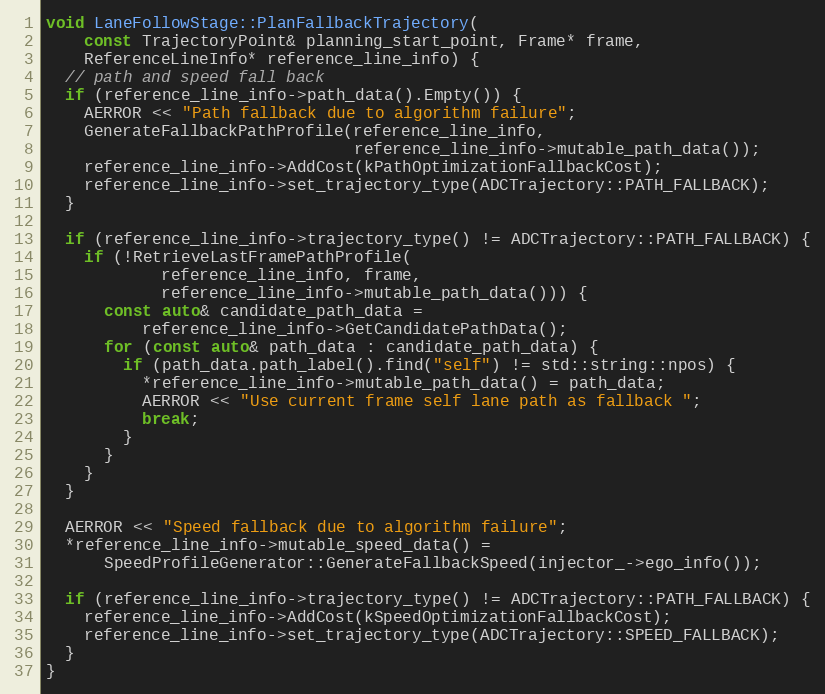
Language: C++
void LaneFollowStage::PlanFallbackTrajectory(
    const TrajectoryPoint& planning_start_point, Frame* frame,
    ReferenceLineInfo* reference_line_info) {
  // path and speed fall back
  if (reference_line_info->path_data().Empty()) {
    AERROR << "Path fallback due to algorithm failure";
    GenerateFallbackPathProfile(reference_line_info,
                                reference_line_info->mutable_path_data());
    reference_line_info->AddCost(kPathOptimizationFallbackCost);
    reference_line_info->set_trajectory_type(ADCTrajectory::PATH_FALLBACK);
  }

  if (reference_line_info->trajectory_type() != ADCTrajectory::PATH_FALLBACK) {
    if (!RetrieveLastFramePathProfile(
            reference_line_info, frame,
            reference_line_info->mutable_path_data())) {
      const auto& candidate_path_data =
          reference_line_info->GetCandidatePathData();
      for (const auto& path_data : candidate_path_data) {
        if (path_data.path_label().find("self") != std::string::npos) {
          *reference_line_info->mutable_path_data() = path_data;
          AERROR << "Use current frame self lane path as fallback ";
          break;
        }
      }
    }
  }

  AERROR << "Speed fallback due to algorithm failure";
  *reference_line_info->mutable_speed_data() =
      SpeedProfileGenerator::GenerateFallbackSpeed(injector_->ego_info());

  if (reference_line_info->trajectory_type() != ADCTrajectory::PATH_FALLBACK) {
    reference_line_info->AddCost(kSpeedOptimizationFallbackCost);
    reference_line_info->set_trajectory_type(ADCTrajectory::SPEED_FALLBACK);
  }
}